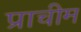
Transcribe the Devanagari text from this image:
प्राचीम